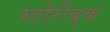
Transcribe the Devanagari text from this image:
स्टोरीबुक